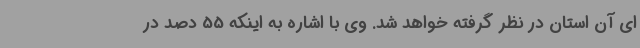
ای آن استان در نظر گرفته خواهد شد. وی با اشاره به اینکه 55 دصد در